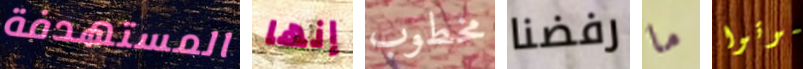
المستهدفة إنها مخطوب رفضنا ما موتوا